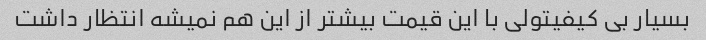
بسیار بی کیفیتولی با این قیمت بیشتر از این هم نمیشه انتظار داشت